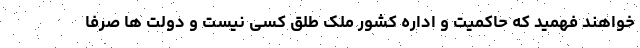
خواهند فهمید که حاکمیت و اداره کشور ملک طِلق کسی نیست و دولت ‌ها صرفا